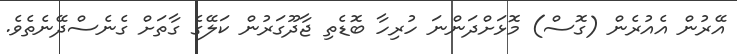
އޭރުން އެއުރެން (ގޮސް) މޮޅަށްދަންނަ ހުރިހާ ބޮޑެތި ޖާދޫގަރުން ކަލޭގެ ގާތަށް ގެނެސްދޭނެތެވެ.